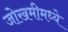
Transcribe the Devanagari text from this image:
जोखमीमध्ये